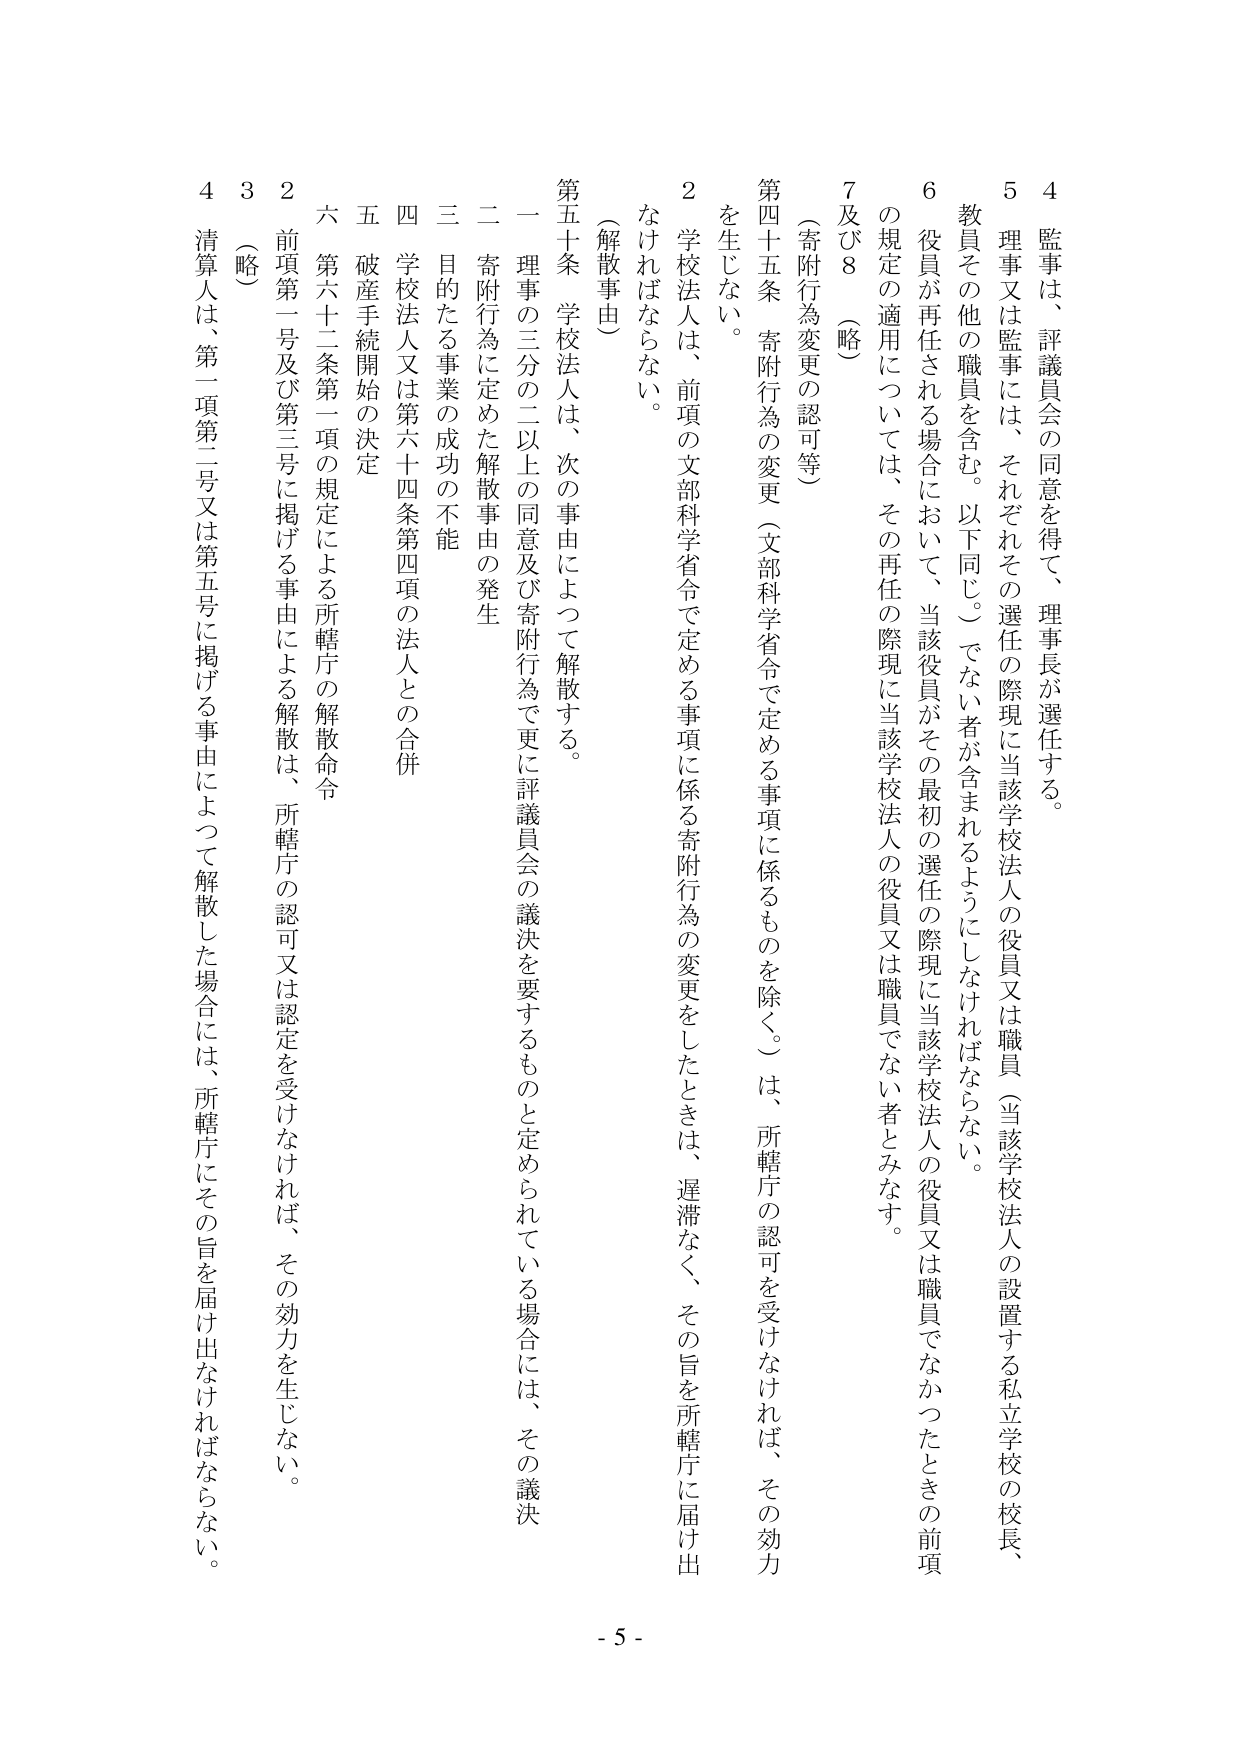
4 監事は、評議員会の同意を得て、理事長が選任する。

5 理事又は監事には、それぞれその選任の際現に当該学校法人の役員又は職員（当該学校法人の設置する私立学校の校長、教員その他の職員を含む。以下同じ。）でない者が含まれるようにしなければならない。

6 役員が再任される場合において、当該役員がその最初の選任の際現に当該学校法人の役員又は職員でなかったときの前項の規定の適用については、その再任の際現に当該学校法人の役員又は職員でない者とみなす。

7 及び 8 （略）

（寄附行為変更の認可等）

第四十五条 寄附行為の変更（文部科学省令で定める事項に係るものを除く。）は、所轄庁の認可を受けなければ、その効力を生じない。

2 学校法人は、前項の文部科学省令で定める事項に係る寄附行為の変更をしたときは、遅滞なく、その旨を所轄庁に届け出なければならない。

（解散事由）

第五十条 学校法人は、次の事由によって解散する。

一 理事の三分の二以上の同意及び寄附行為で更に評議員会の議決を要するものと定められている場合には、その議決

二 寄附行為に定めた解散事由の発生

三 目的たる事業の成功の不能

四 学校法人又は第六十四条第四項の法人との合併

五 破産手続開始の決定

六 第六十二条第一項の規定による所轄庁の解散命令

2 前項第一号及び第三号に掲げる事由による解散は、所轄庁の認可又は認定を受けなければ、その効力を生じない。

3 （略）

4 清算人は、第一項第二号又は第五号に掲げる事由によって解散した場合には、所轄庁にその旨を届け出なければならない。

- 5 -